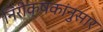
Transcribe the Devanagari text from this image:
निरीक्षकांनुसार